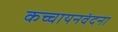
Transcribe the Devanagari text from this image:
कच्चायनवंदना